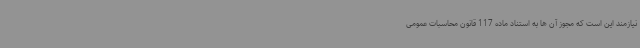
نیازمند این است که مجوز آن ها به استناد ماده 117 قانون محاسبات عمومی